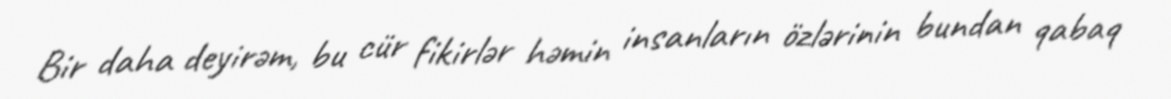
Bir daha deyirəm, bu cür fikirlər həmin insanların özlərinin bundan qabaq